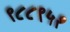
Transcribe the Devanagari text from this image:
९८८९५१